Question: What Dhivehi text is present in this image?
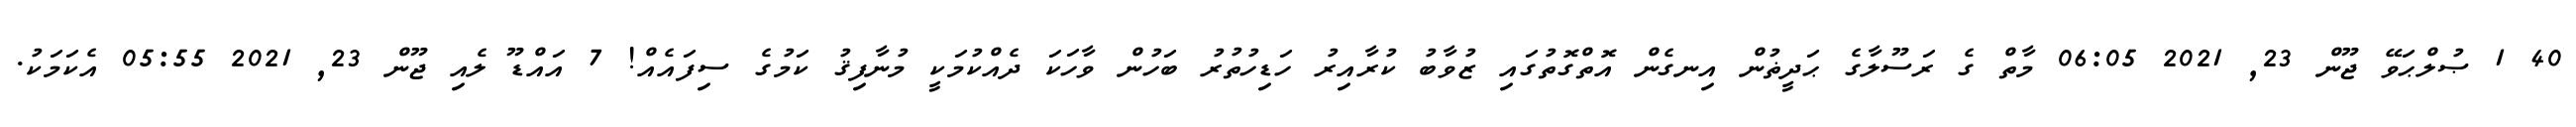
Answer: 40 1 ޞުލްޙަވޭ ޖޫން 23, 2021 06:05 މާތް ގެ ރަސޫލާގެ ޙަދީޡުން އިނގެން އޮތްގޮތުގައި ޒުވާބު ކުރާއިރު ހަޑިހުތުރު ބަހުން ވާހަކަ ދެއްކުމަކީ މުނާފިޤު ކަމުގެ ސިފައެއް! 7 އައްޑޫ ލެއި ޖޫން 23, 2021 05:55 އެކަމަކު.